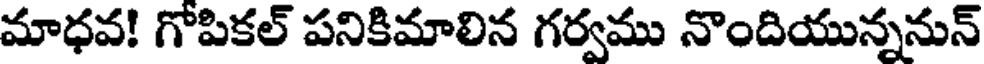
మాధవ! గోపికల్ పనికిమాలిన గర్వము నొందియున్ననున్